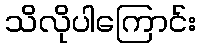
သိလိုပါကြောင်း